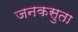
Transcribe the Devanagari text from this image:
जनकसुता